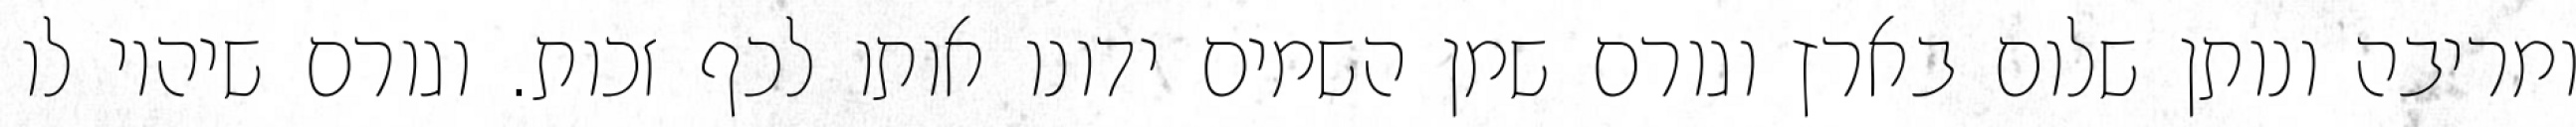
ומריבה ונותן שלום בארץ וגורם שמן השמים ידונו אותו לכף זכות. וגורם שיהיו לו